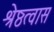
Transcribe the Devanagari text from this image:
श्रेष्ठत्वास